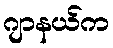
ဂျာနယ်က